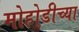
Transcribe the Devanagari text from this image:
मोहोडीच्या